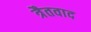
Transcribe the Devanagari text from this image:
त्रैतवाद